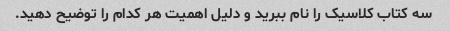
سه کتاب کلاسیک را نام ببرید و دلیل اهمیت هر کدام را توضیح دهید.